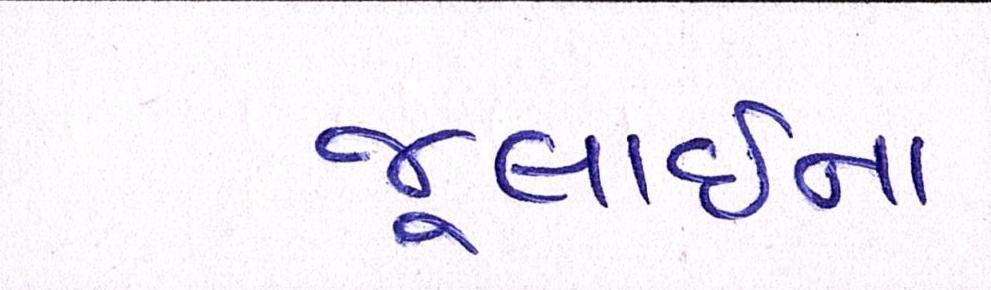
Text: જૂલાઈના